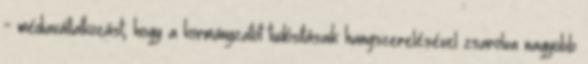
- médiavállalkozást, hogy a kormányzatot tudósításaik hangszerelésével zsarolva nagyobb